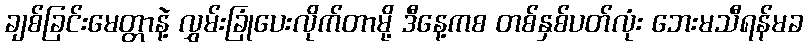
ချစ်ခြင်းမေတ္တာနဲ့ လွှမ်းခြုံပေးလိုက်တာမို့ ဒီနေ့ကစ တစ်နှစ်ပတ်လုံး ဘေးမသီရန်မခ